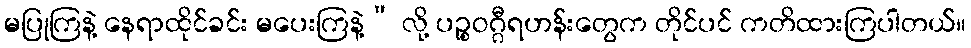
မပြုကြနဲ့ နေရာထိုင်ခင်း မပေးကြနဲ့” လို့ ပဉ္စဝဂ္ဂီရဟန်းတွေက တိုင်ပင် ကတိထားကြပါတယ်။